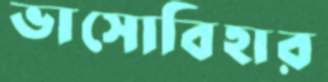
ভাসোবিহার